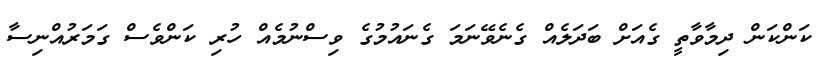
ކަންކަން ދިމާވާތީ ގެއަށް ބަދަލެއް ގެނެވޭނަމަ ގެނައުމުގެ ވިސްނުމެއް ހުރި ކަންވެސް ގަމަރުއްނިސާ